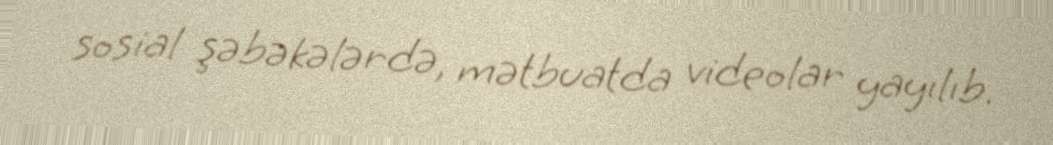
sosial şəbəkələrdə, mətbuatda videolar yayılıb.